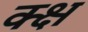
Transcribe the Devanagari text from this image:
क्क्ष